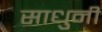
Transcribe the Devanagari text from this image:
साधुनी